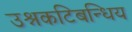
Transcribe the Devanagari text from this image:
उश्नकटिबन्धिय